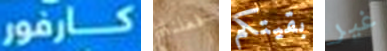
كارفور فعلناه بقيتكم غير